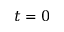
t = 0